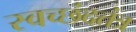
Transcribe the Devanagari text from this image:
स्वच्छंदतंत्र